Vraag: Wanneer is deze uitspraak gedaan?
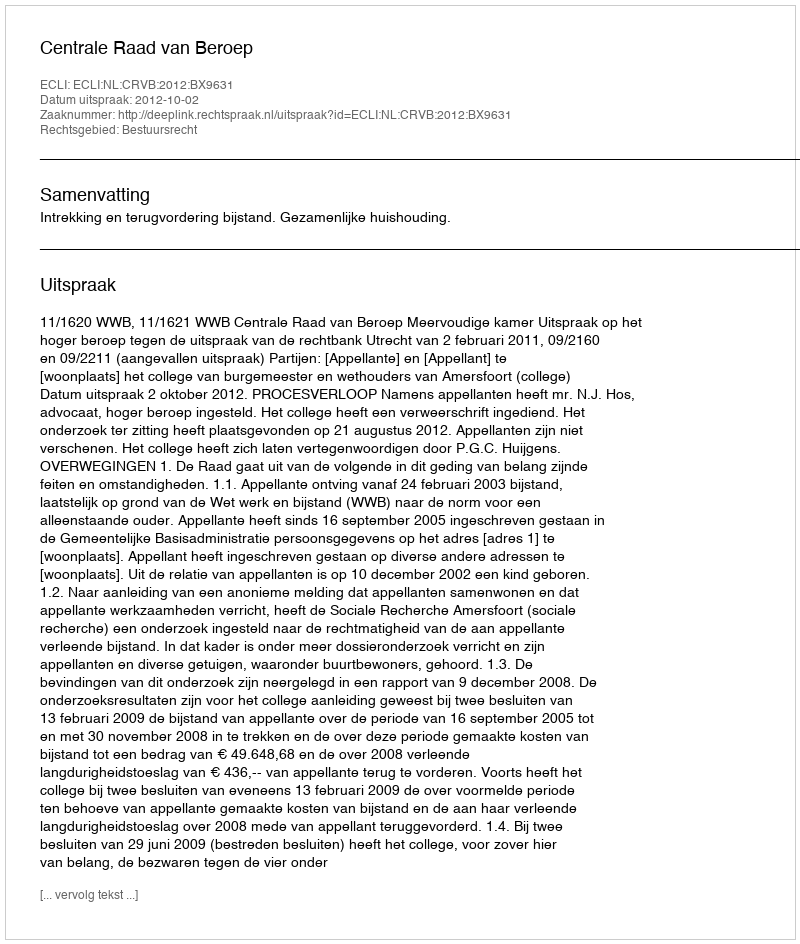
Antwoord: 2012-10-02